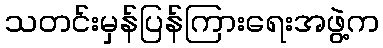
သတင်းမှန်ပြန်ကြားရေးအဖွဲ့က